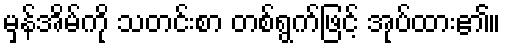
မှန်အိမ်ကို သတင်းစာ တစ်ရွက်ဖြင့် အုပ်ထား၏။